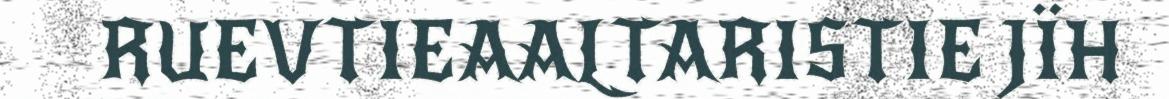
RUEVTIEAALTARISTIE JÏH